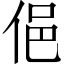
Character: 俋